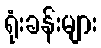
ရုံးခန်းများ